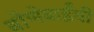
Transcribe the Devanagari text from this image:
बोणेबाईंची